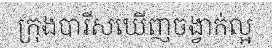
ក្រុងបារីសឃើញចង្វាក់ល្អ